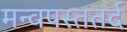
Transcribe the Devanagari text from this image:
मन्वपस्ततर्द